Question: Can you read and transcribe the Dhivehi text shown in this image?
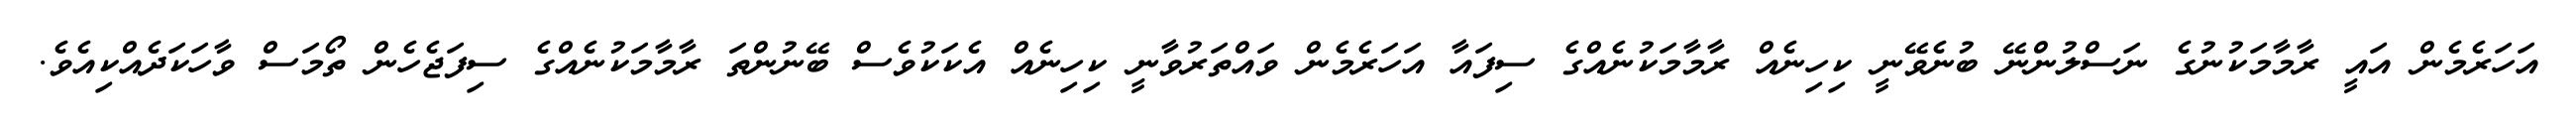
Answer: އަހަރެމެން އައީ ރާމާމަކުނުގެ ނަސްލުންނޭ ބުނެވޭނީ ކިހިނެއް ރާމާމަކުނެއްގެ ސިފައާ އަހަރެމެން ވައްތަރުވާނީ ކިހިނެއް އެކަކުވެސް ބޭނުންތަ ރާމާމަކުނެއްގެ ސިފަޖެހެން ތޯމަސް ވާހަކަދެއްކިއެވެ.